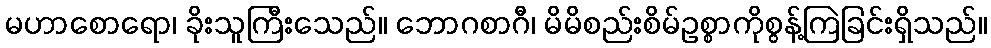
မဟာစောရော၊ ခိုးသူကြီးသေည်။ ဘောဂစာဂီ၊ မိမိစည်းစိမ်ဥစ္စာကိုစွန့်ကြဲခြင်းရှိသည်။